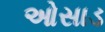
ઓસાડ